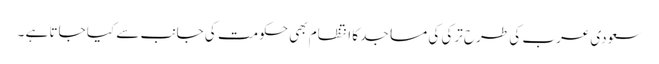
سعودی عرب کی طرح ترکی کی مساجد کا انتظام بھی حکومت کی جانب سے کیا جاتا ہے ۔